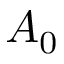
A _ { 0 }